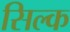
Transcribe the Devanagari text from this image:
सिल्‍क